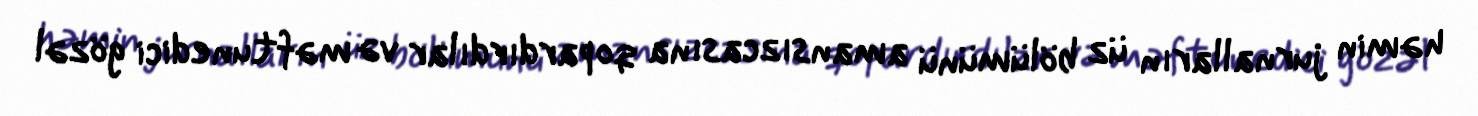
həmin jurnalların üz bölümünü amansızcasına qopardırdılar və məftunedici gözəl